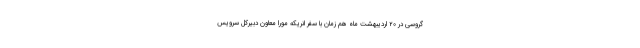
گروسی در ۲۰ اردیبهشت ماه هم زمان با سفر انریکه مورا معاون دبیرکل سرویس